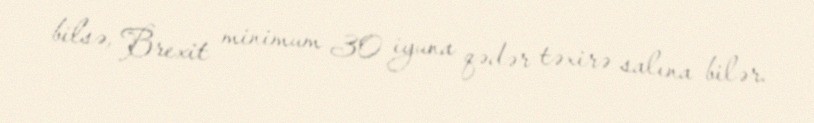
bilsə, Brexit minimum 30 iyuna qədər təxirə salına bilər.